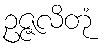
ဥဇ္ဇလိတုံ